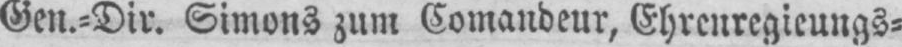
Gen.⸗Dir. Simons zum Comandeur, Ehrenregieungs⸗